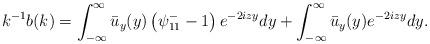
LaTeX: \begin{align*}&k^{-1} b(k)= \int_{-\infty}^{\infty} \bar{u}_y(y)\left(\psi^-_{11}-1\right) e^{-2iz y} dy+ \int_{-\infty}^{\infty} \bar u_y (y)e^{-2izy}dy.\end{align*}